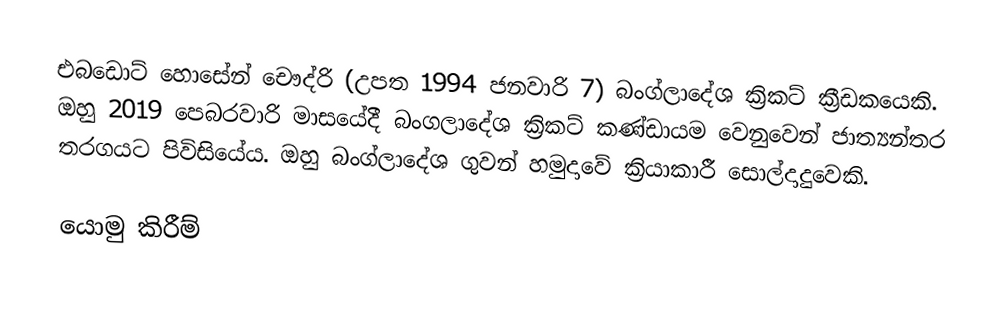
එබඩොට් හොසේන් චෞද්රි (උපත 1994 ජනවාරි 7) බංග්ලාදේශ ක්‍රිකට් ක්‍රීඩකයෙකි. ඔහු 2019 පෙබරවාරි මාසයේදී බංගලාදේශ ක්‍රිකට් කණ්ඩායම වෙනුවෙන් ජාත්‍යන්තර තරගයට පිවිසියේය. ඔහු බංග්ලාදේශ ගුවන් හමුදාවේ ක්‍රියාකාරී සොල්දාදුවෙකි.

යොමු කිරීම්